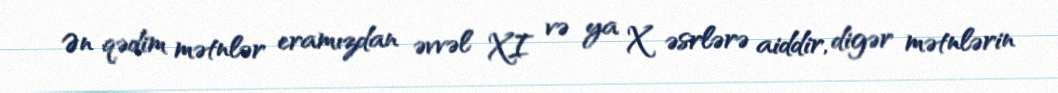
Ən qədim mətnlər eramızdan əvvəl XI və ya X əsrlərə aiddir, digər mətnlərin